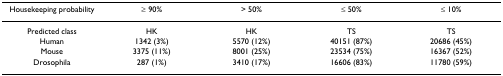
<table><thead><tr><td><b>Housekeeping probability</b></td><td><b>≥ 90%</b></td><td><b>&gt; 50%</b></td><td><b>≤ 50%</b></td><td><b>≤ 10%</b></td></tr></thead><tbody><tr><td>Predicted class</td><td>HK</td><td>HK</td><td>TS</td><td>TS</td></tr><tr><td>Human</td><td>1342 (3%)</td><td>5570 (12%)</td><td>40151 (87%)</td><td>20686 (45%)</td></tr><tr><td>Mouse</td><td>3375 (11%)</td><td>8001 (25%)</td><td>23534 (75%)</td><td>16367 (52%)</td></tr><tr><td>Drosophila</td><td>287 (1%)</td><td>3410 (17%)</td><td>16606 (83%)</td><td>11780 (59%)</td></tr></tbody></table>